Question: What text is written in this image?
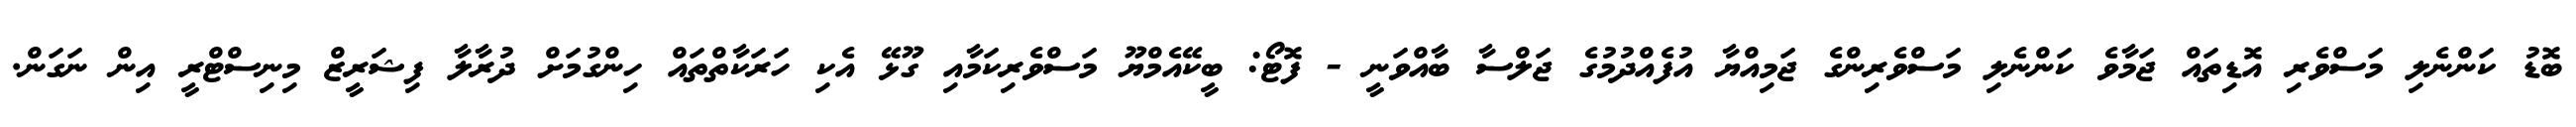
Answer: ބޮޑު ކަންނެލި މަސްވެރި އޮޑިތައް ޖަމާވެ ކަންނެލި މަސްވެރިންގެ ޖަމިއްޔާ އުފެއްދުމުގެ ޖަލްސާ ބާއްވަނީ - ފޮޓޯ: ބީކޭއެމްޔޫ މަސްވެރިކަމާއި ގޫޅޭ އެކި ހަރަކާތްތައް ހިންގުމަށް ދުރާލާ ފިޝަރީޒް މިނިސްޓްރީ އިން ނަގަން.